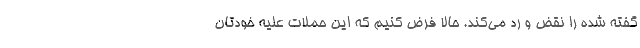
گفته شده را نقض و رد می‌کند. حالا فرض کنیم که این حملات علیه خودتان